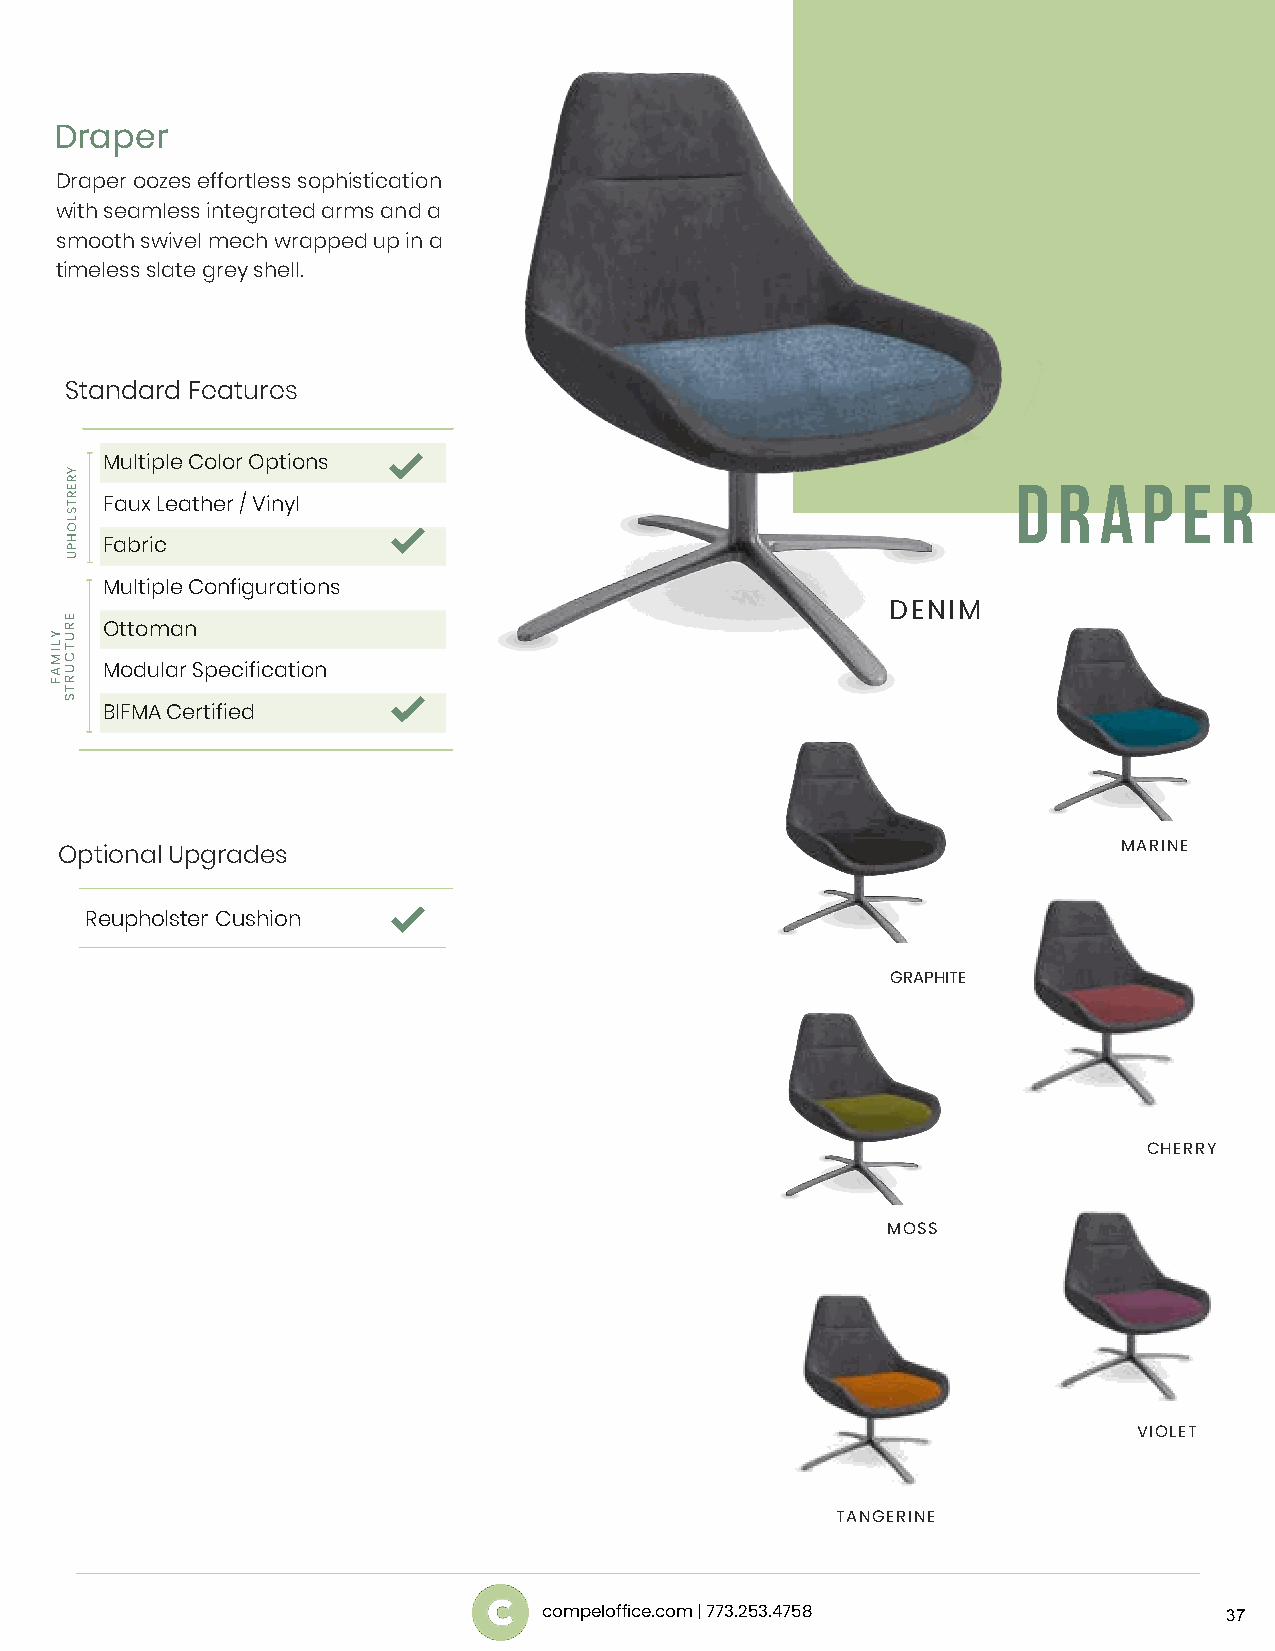
Draper
 Draper oozes effortless sophistication
 with seamless integrated arms and a
 smooth swivel mech wrapped up in a
 timeless slate grey shell.
 Standard Features
 Multiple Color Options
 D  R  A  P E  R
 Faux Leather / Vinyl
 Fabric
 Multiple Configurations
 DENIM
 Ottoman
 Modular Specification
 BIFMA Certified
 MARINE
 Optional Upgrades
 Reupholster Cushion
 GRAPHITE
 CHERRY
 MOSS
 VIOLET
 TANGERINE
 compeloffice.com | 773.253.4758              37
 YLIMAF
 YRERTSLOHPU
 ERUTCURTS